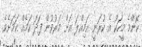
ކޮންމެ މީހަކު އެ ކުރަނީ އަމިއްލަ އަށް މަރުވުން ފަދަ ކަމެއް ކަމަށެވެ.